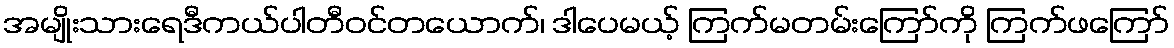
အမျိုးသားရေဒီကယ်ပါတီဝင်တယောက်၊ ဒါပေမယ့် ကြက်မတမ်းကြော်ကို ကြက်ဖကြော်